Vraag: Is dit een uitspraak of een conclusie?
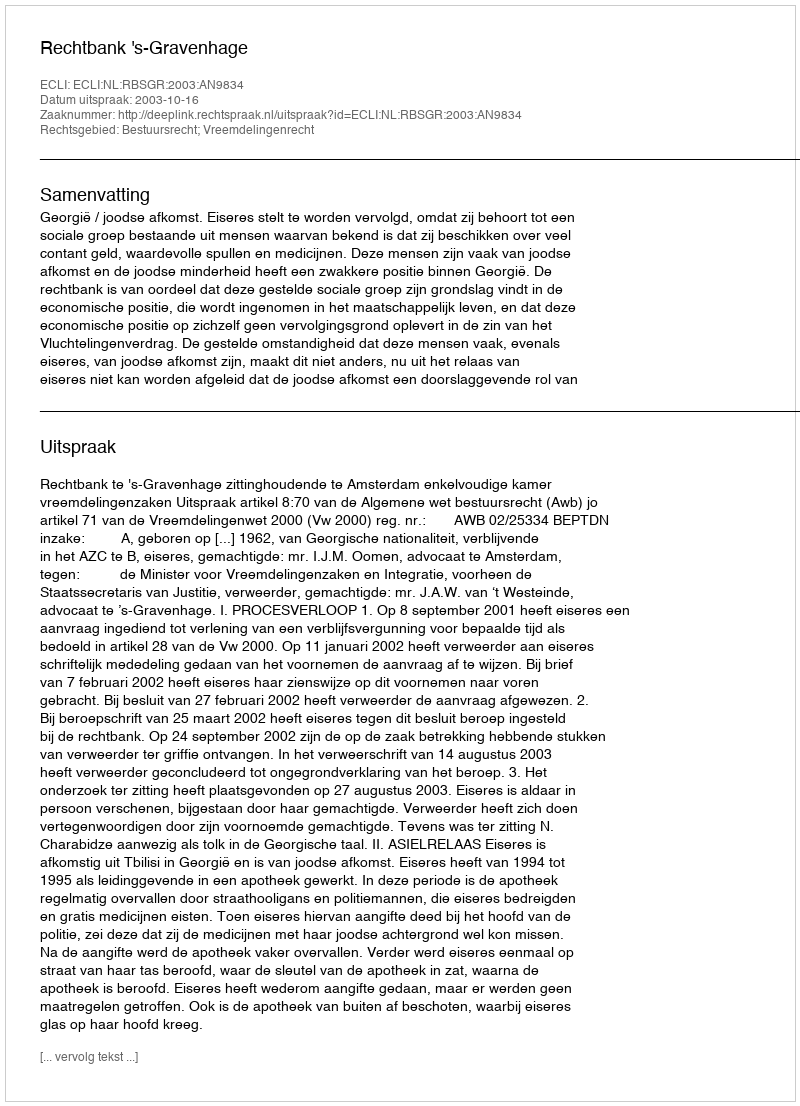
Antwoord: Uitspraak